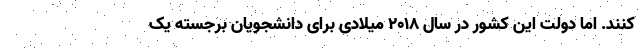
کنند. اما دولت این کشور در سال ۲۰۱۸ میلادی برای دانشجویان برجسته یک